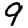
Digit: 9